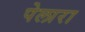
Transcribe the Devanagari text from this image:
पेलारा